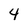
Character: 4